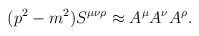
LaTeX: \begin{align*}(p^2-m^2) S^{\mu \nu \rho} \approx A^\mu A^\nu A^\rho .\end{align*}